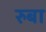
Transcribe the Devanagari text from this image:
रुबा